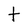
Character: t